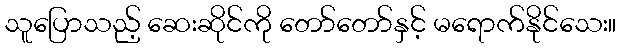
သူပြောသည့် ဆေးဆိုင်ကို တော်တော်နှင့် မရောက်နိုင်သေး။